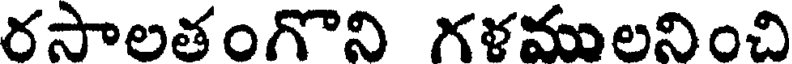
రసాలతంగొని గళములనించి